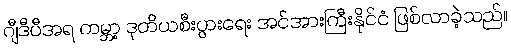
ဂျီဒီပီအရ ကမ္ဘာ့ ဒုတိယစီးပွားရေး အင်အားကြီးနိုင်ငံ ဖြစ်လာခဲ့သည်။